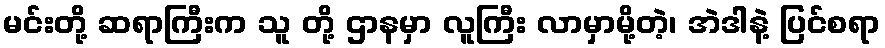
မင်းတို့ ဆရာကြီးက သူ တို့ ဌာနမှာ လူကြီး လာမှာမို့တဲ့၊ အဲဒါနဲ့ ပြင်စရာ